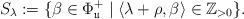
LaTeX: \begin{align*}S_\lambda:=\{\beta\in\Phi_\mathfrak{u}^+\mid\langle\lambda+\rho,\beta\rangle\in\mathbb{Z}_{>0}\}.\end{align*}